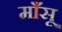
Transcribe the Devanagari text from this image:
माँसू